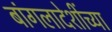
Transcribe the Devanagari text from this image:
बांगलादेशींच्या